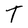
Character: T